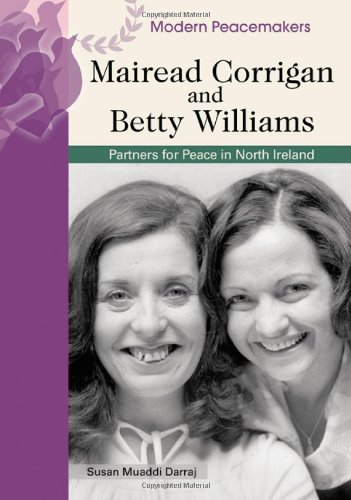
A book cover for Mairead Corrigan And Betty Williams: Partners for Peace in Northern Ireland (Modern Peacemakers); George Mitchell; Teen & Young Adult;